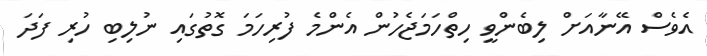
އެވެސް އޭނާއަށް ލިބެންވީ ހިތްހަމަޖެހުން އެންމެ ފުރިހަމަ ގޮތުގައި ނުލިބި ހުރި ފަދަ